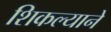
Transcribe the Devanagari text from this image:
शिकल्याने